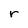
Character: r